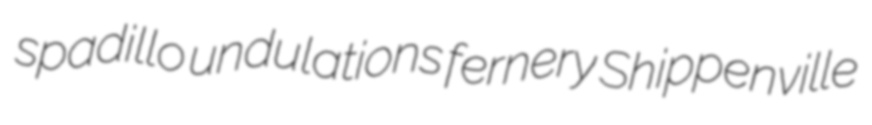
spadillo undulations fernery Shippenville